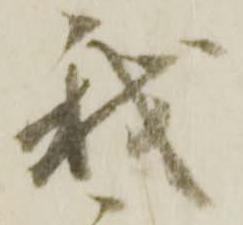
我